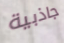
جاذبية